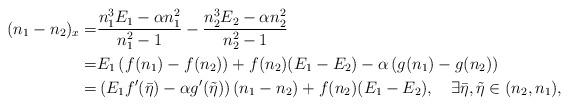
LaTeX: \begin{align*}(n_1-n_2)_x=&\frac{n_1^3E_1-\alpha n_1^2}{n_1^2-1}-\frac{n_2^3E_2-\alpha n_2^2}{n_2^2-1}\\=&E_1\left(f(n_1)-f(n_2)\right)+f(n_2)(E_1-E_2)-\alpha\left(g(n_1)-g(n_2)\right)\\=&\left(E_1 f'(\bar{\eta})-\alpha g'(\tilde{\eta})\right)(n_1-n_2)+f(n_2)(E_1-E_2),\quad\exists\bar{\eta},\tilde{\eta}\in(n_2,n_1),\end{align*}